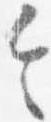
令